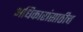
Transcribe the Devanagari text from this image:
अधिकारांसाठीच